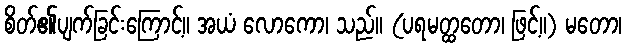
စိတ်၏ပျက်ခြင်းကြောင့်။ အယံ လောကော၊ သည်။ (ပရမတ္ထတော၊ ဖြင့်။) မတော၊